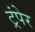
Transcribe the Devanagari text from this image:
ट्रंपेर